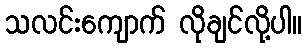
သလင်းကျောက် လိုချင်လို့ပါ။